Bréfritari: Sigurður Jónsson
Viðtakandi: Jón Borgfirðings Jónsson
Dagsetning: A-1859-11-22
Skrifað á: Möðrudal  N-Múl.

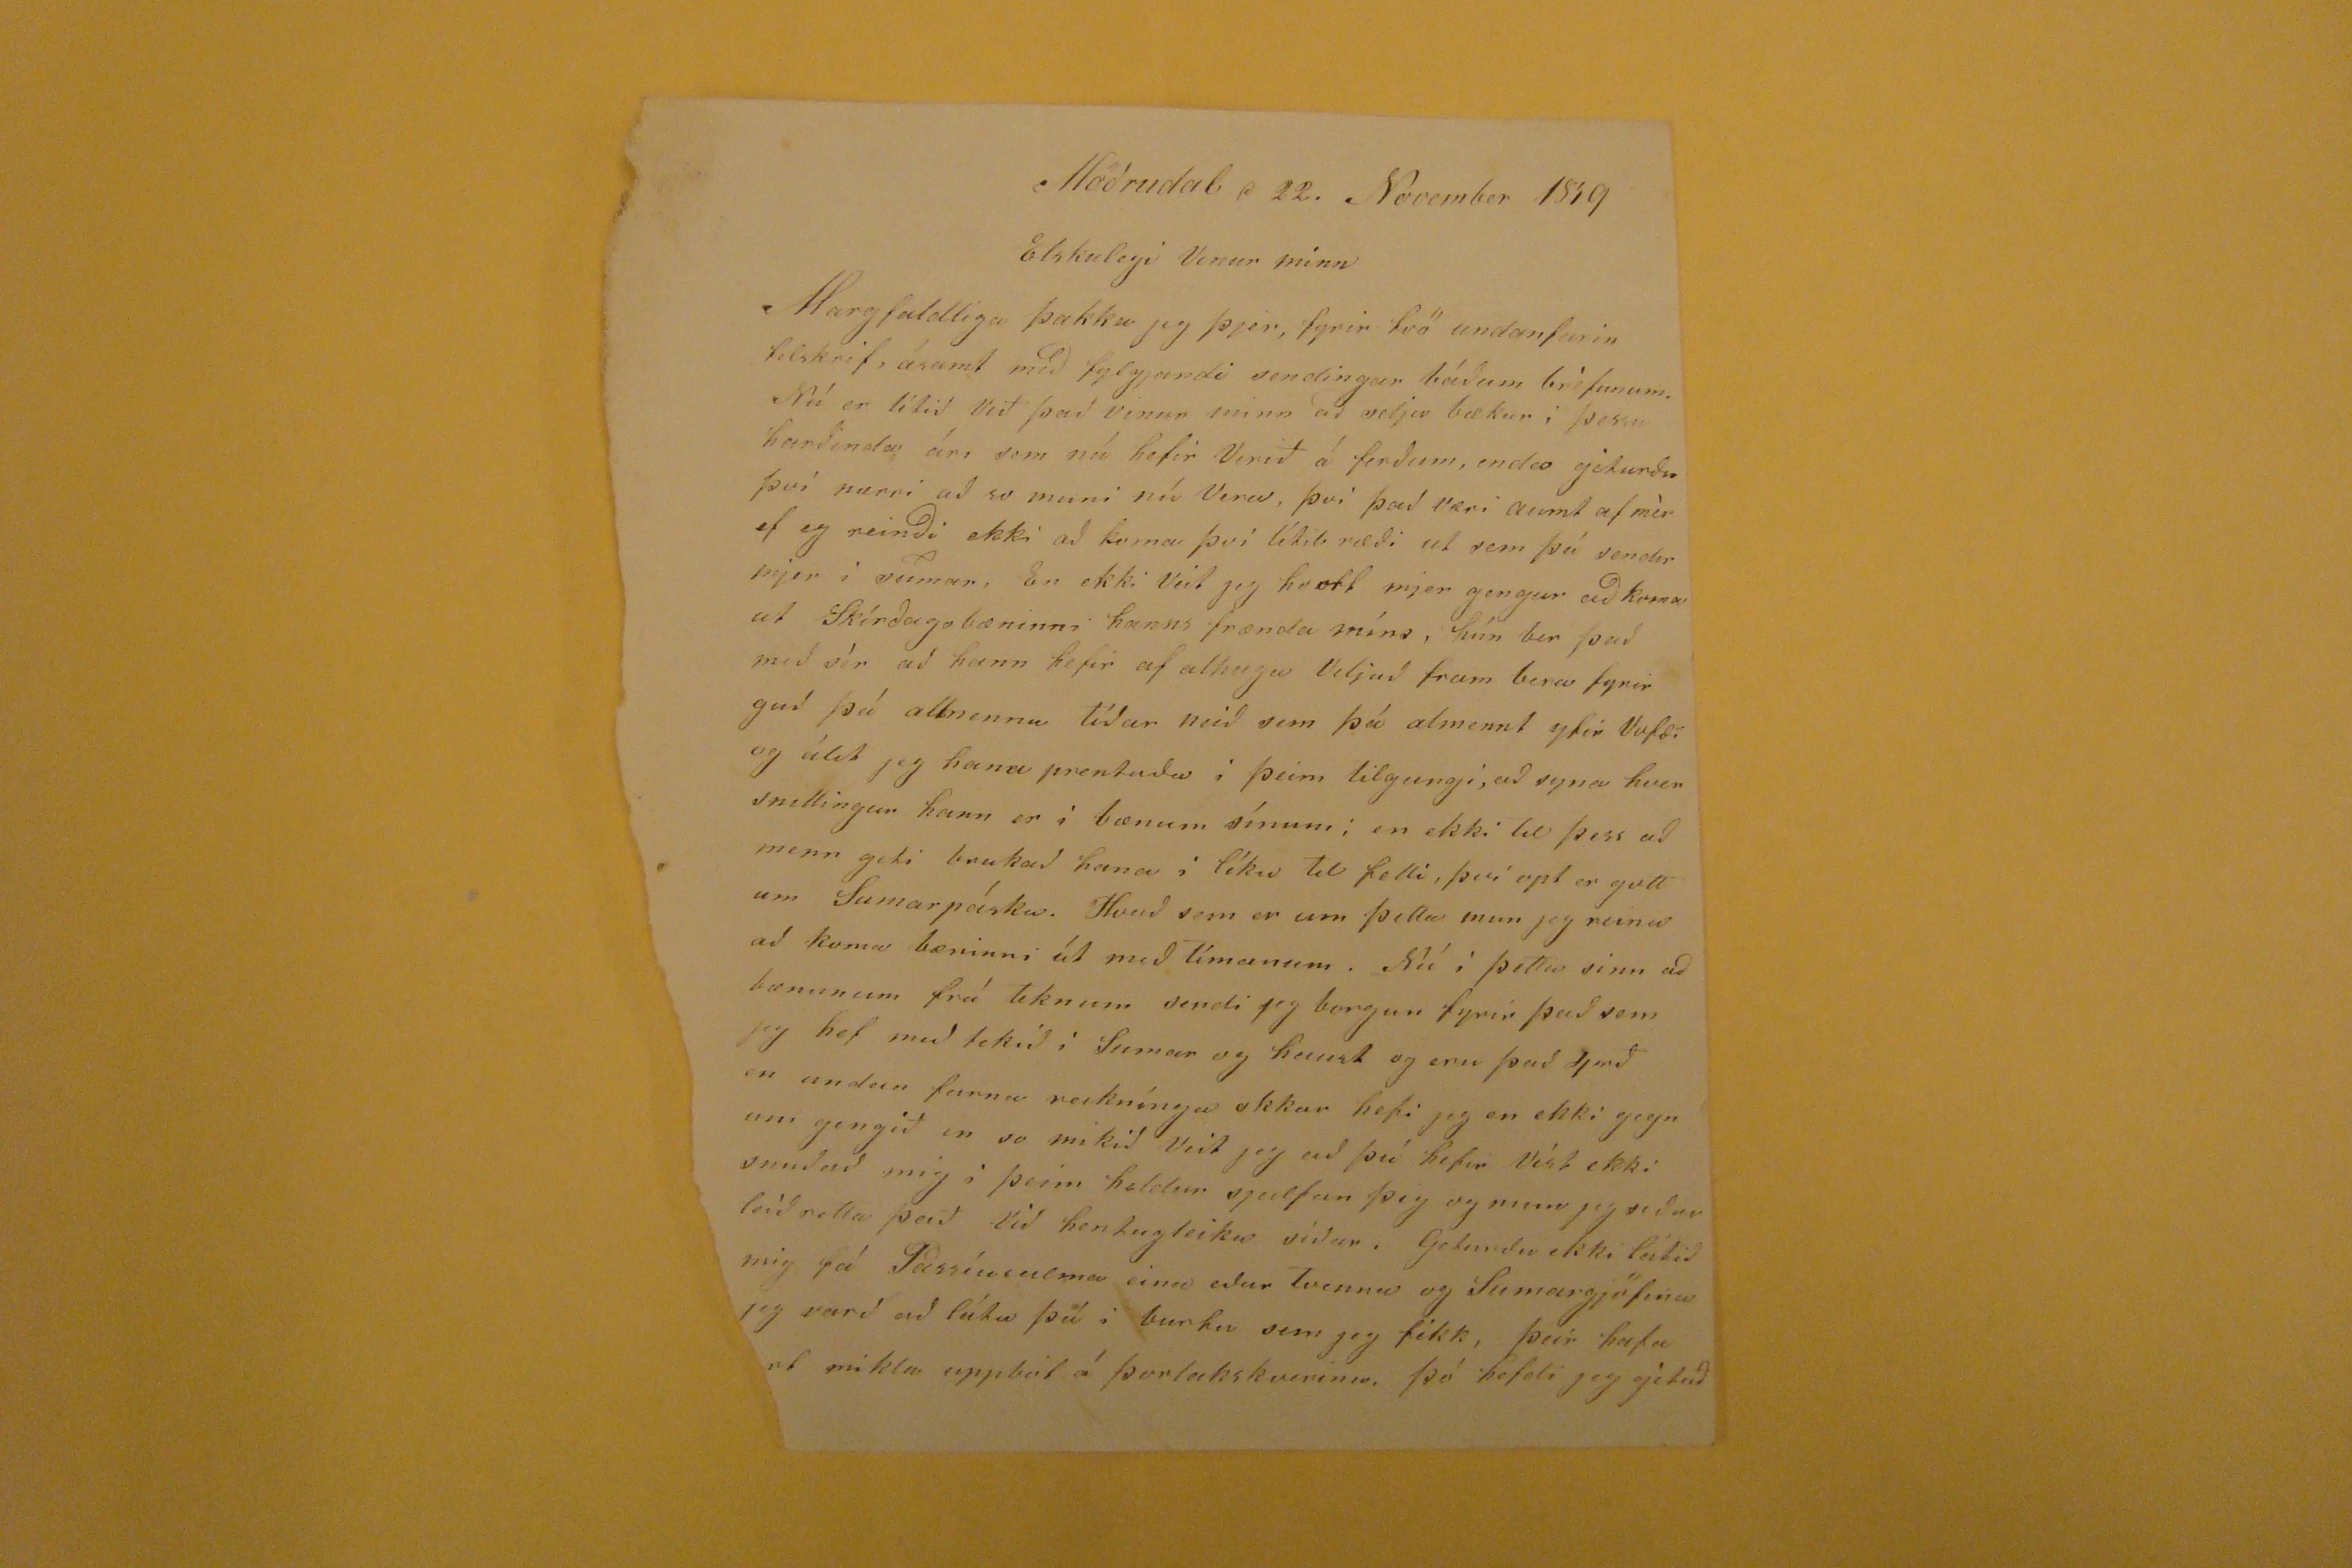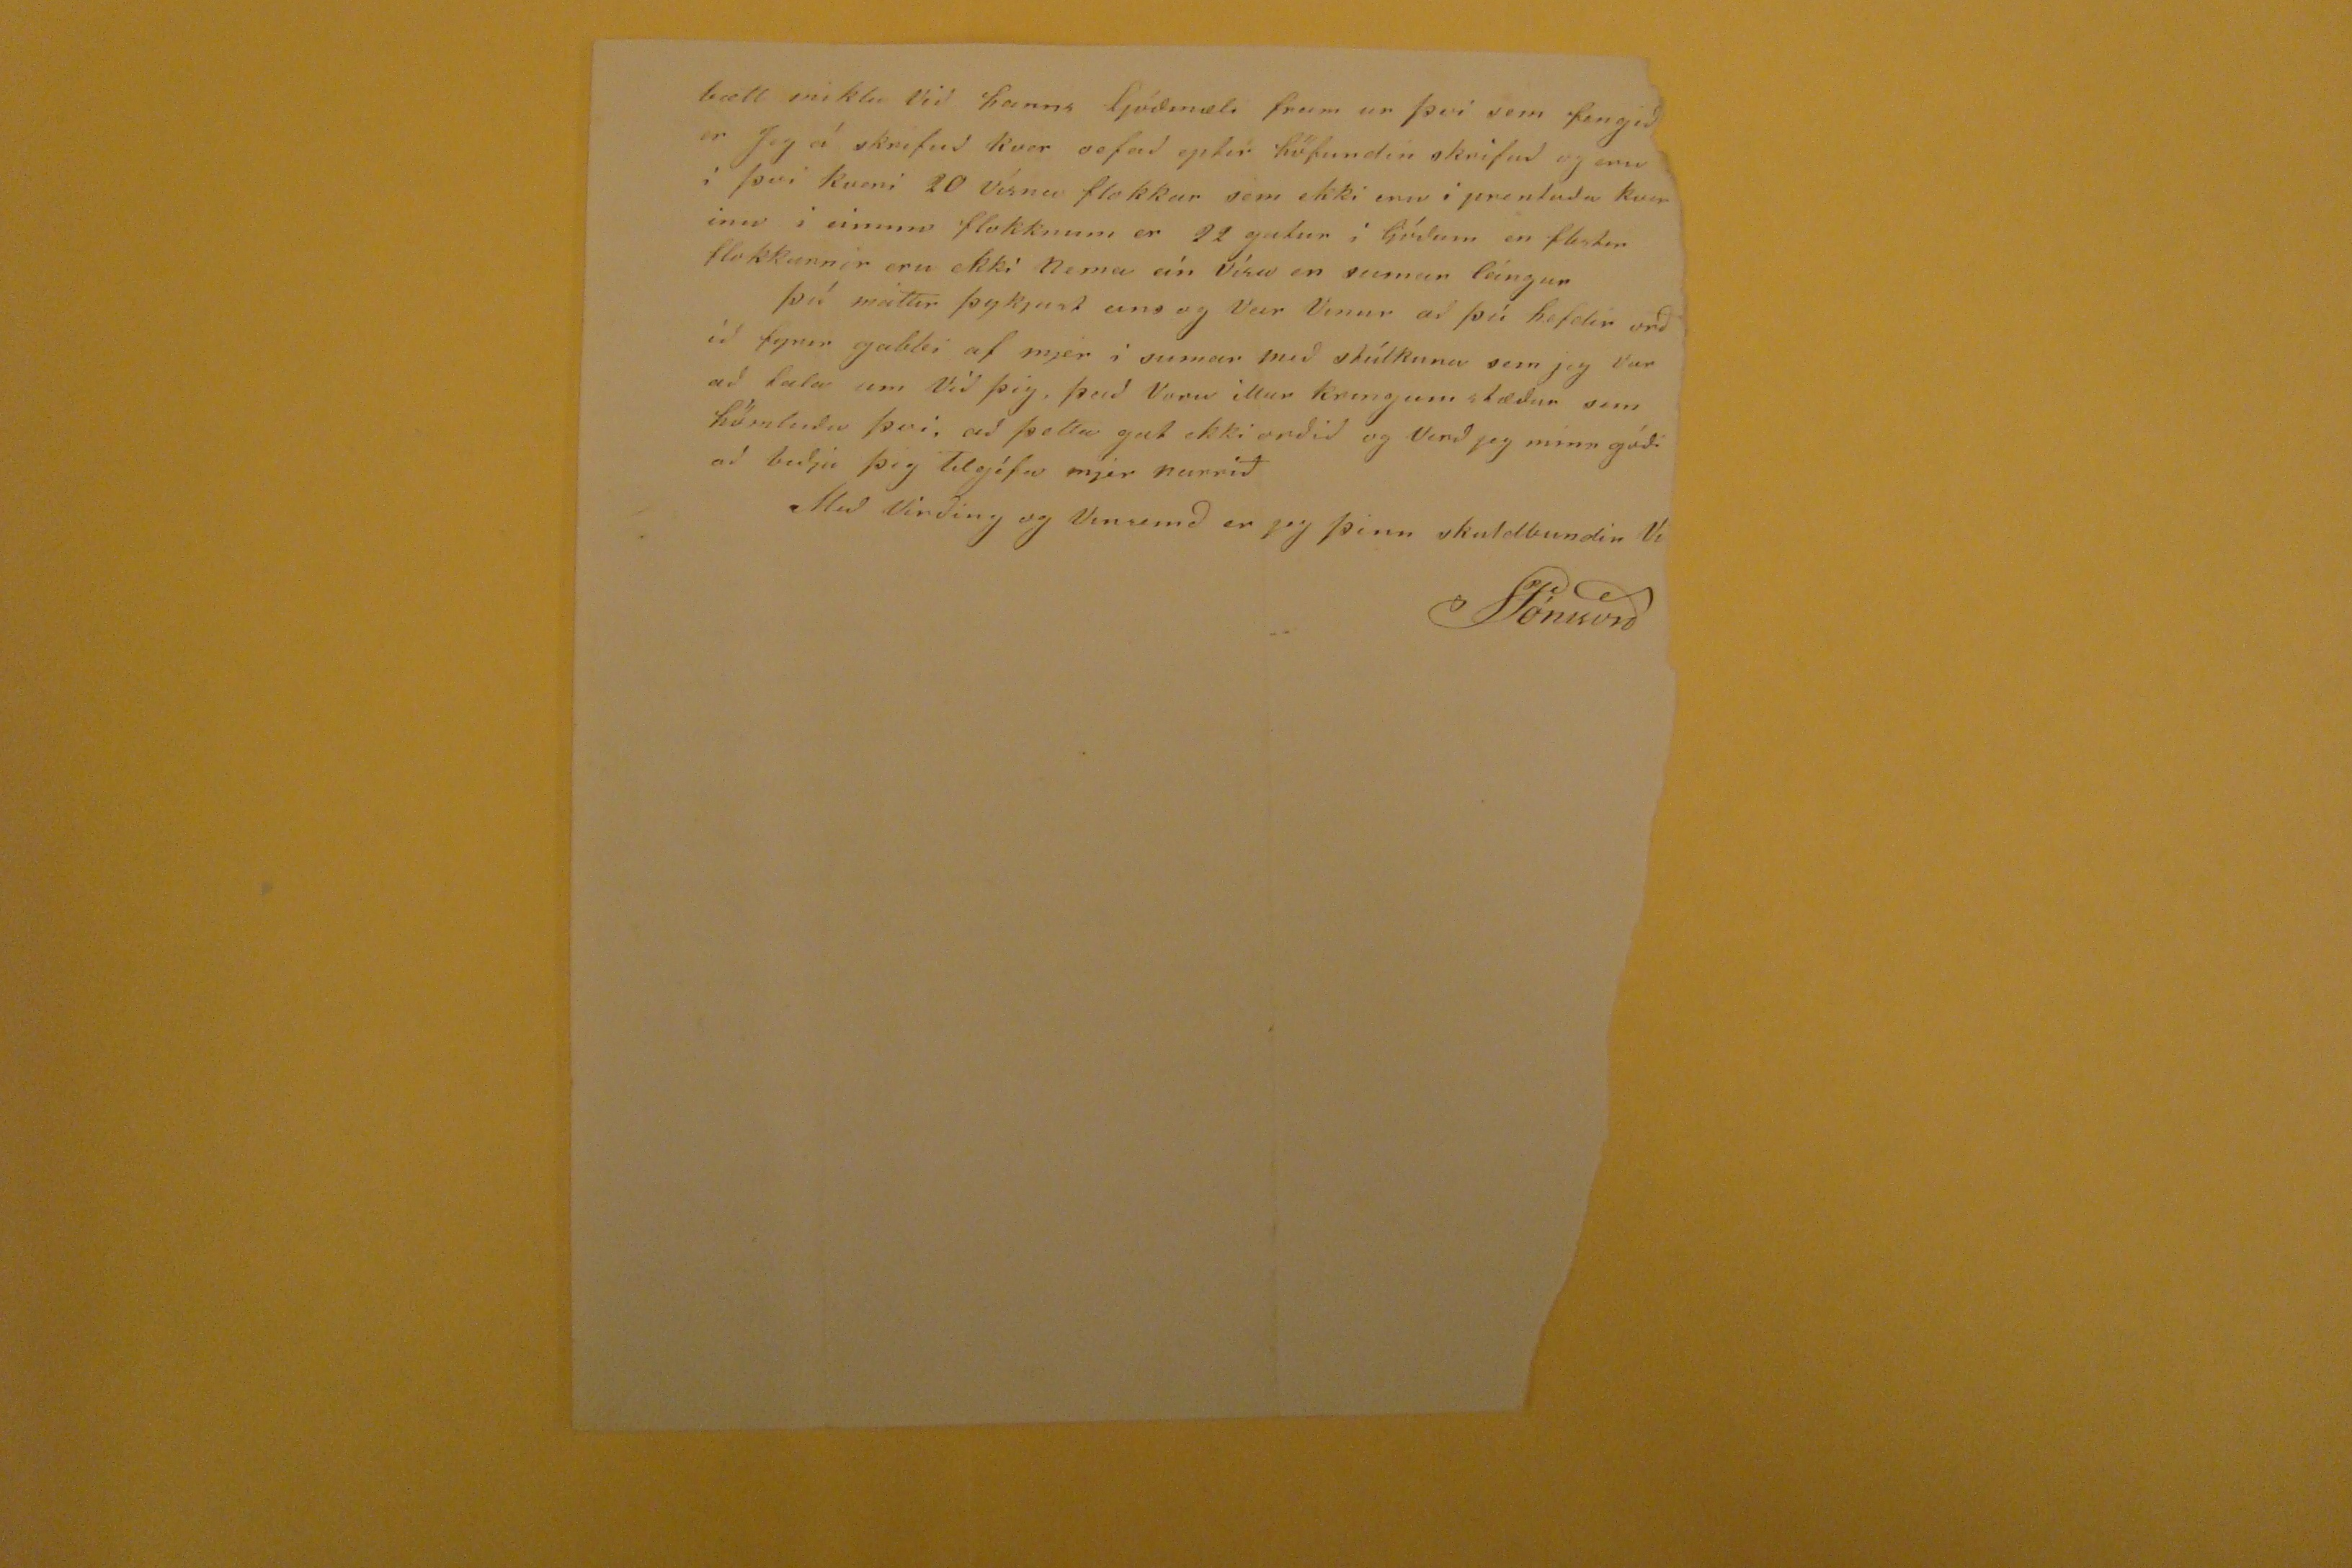

Möðrudal d 22. November 1859
Elskulegi Vinur minn
Margfaldliga þakka jeg þjer, fyrir tvö undanfarin tilskrif, ásamt með fylgjandi sendingar báðum bréfunum. Nú er lítið Við það vinur minn að selja bækur í þessu harðinda ári sem nú hefir Verið á ferðum, enda géturðu því nærri að so muni nú Vera, því það væri aumt af mér ef eg reinði ekki að koma því lítil ræði ut sem þú sendir mjer í sumar, En ekki veit jeg hvort mjer gengur að koma ut Skírðagsbæninni hanns frænda míns, hún ber það með sér að hann hefir af alhuga Veljuð fram bera fyrir guð þá almennu tíðar neið sem þá almennt yfir Vofæi og álit jeg hana prenaða i þeim tilgangi, að syna hver snillingur hann er i bænum sínum; en ekki til þess að menn geti brukað hana í líku til felli, því opt er gott um Sumarpáska. Hvað sem er um þetta mun jeg reina að koma bæninni út með tímanum. Nú í þetta sinn að bænunum frá teknum sendi jeg borgun fyrir það sem jeg hef með tekið í Sumar og haust og eru það 4
rd
en undan farna reiknínga okkar hefi jeg en ekki gegn um gengið en so mikið Veit jeg að þú hefir Víst ekki snuðað mig í þeim heldur sjalfan þig og mun jeg siður leiðretta það Við hentugleika síður. Geturðu ekki látið mig fá Passíusálma eina eður tvenna og Sumargjöfina jeg varð að láta þú i burtu sem jeg fékk, þeir hafa
?rt
miklu uppbót á þorlakskveriu, þó hefdi jeg gétað
bætt miklu við hanns ljóðmæli frum ur því sem fengið er Jeg á skrifuð kver oefað eptir höfundin skrifað og eru í því kveri 20 Vísna flokkur sem ekki eru í prentuðu kverinu í einum flokknum er 22 gatur í ljóðum en flestir flokkarnir eru ekk nema eín Vísa en sumar leingur þú máttir þykjast eins og Veir Vinur að þú hefdir orðið fyrir gabbi af mjer i sumar með stúlkuna sem jeg var að tala um Við þig, það Voru illur kringum stæður sem hömluðu því, að þetta gat ekki orðið og Verð jeg minn góði að biðja þig tilgéfa mjer narrið
Með Virðing og Vinsemð er jeg þinn skuldbundin
Vin
SJónsson